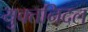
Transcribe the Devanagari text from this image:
युक्तनिदल